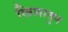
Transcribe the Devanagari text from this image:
खिशातुन